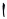
Text: 1